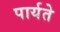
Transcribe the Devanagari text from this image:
पार्यते